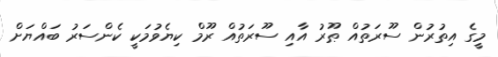
މީގެ އިތުރުން ސޫރަތުއް ޠޫރު އާއި ސޫރަތުއް ރޫމް ކިޔެވުމަކީ ކެންސަރު ބައްޔަށް